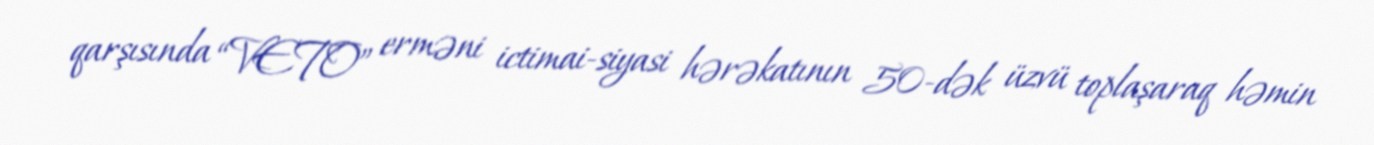
qarşısında “VETO” erməni ictimai-siyasi hərəkatının 50-dək üzvü toplaşaraq həmin